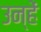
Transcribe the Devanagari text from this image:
उन्हेंं